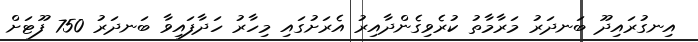
އިނގުރައިދޫ ބަނދަރު މަރާމާތު ކުރެވިގެންދާއިރު އެރަށުގައި މިހާރު ހަދާފައިވާ ބަނދަރު 750 ފޫޓަށް